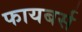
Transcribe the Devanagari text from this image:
फायबर्स